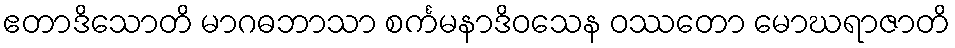
ဧတာဒိသောတိ မာဂဓဘာသာ စင်္ကမနာဒိဝသေန ဝဿတော မောဃရာဇာတိ